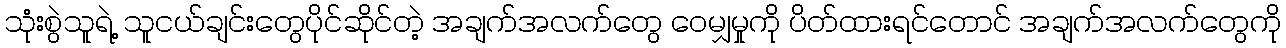
သုံးစွဲသူရဲ့ သူငယ်ချင်းတွေပိုင်ဆိုင်တဲ့ အချက်အလက်တွေ ဝေမျှမှုကို ပိတ်ထားရင်တောင် အချက်အလက်တွေကို